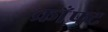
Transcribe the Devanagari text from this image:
क्राँफ्ट